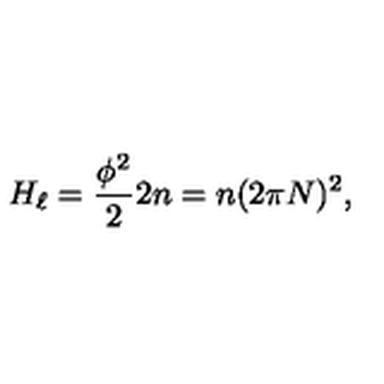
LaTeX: H _ { \ell } = \frac { \phi ^ { 2 } } { 2 } 2 n = n ( 2 \pi N ) ^ { 2 } ,